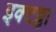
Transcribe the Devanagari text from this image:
इक्टठ्ठा